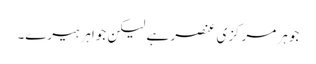
جوہر مرکزی عنصر ہے لیکن جواہر ہیرے۔